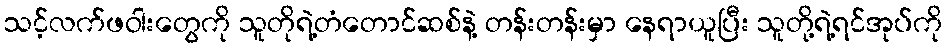
သင့်လက်ဖဝါးတွေကို သူတိုရဲ့တံတောင်ဆစ်နဲ့ တန်းတန်းမှာ နေရာယူပြီး သူတို့ရဲ့ရင်အုပ်ကို